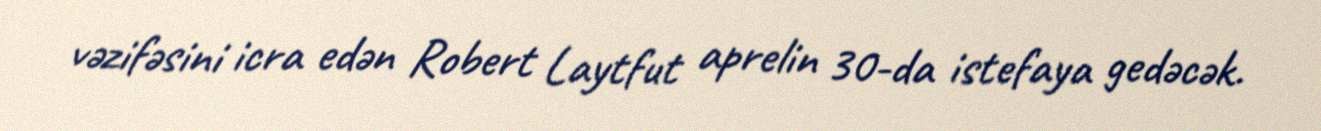
vəzifəsini icra edən Robert Laytfut aprelin 30-da istefaya gedəcək.